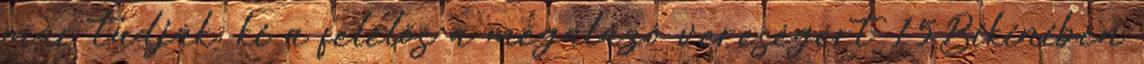
már tudják, ki a felelős a megalázó vereségért 15Bikiniben